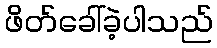
ဖိတ်ခေါ်ခဲ့ပါသည်